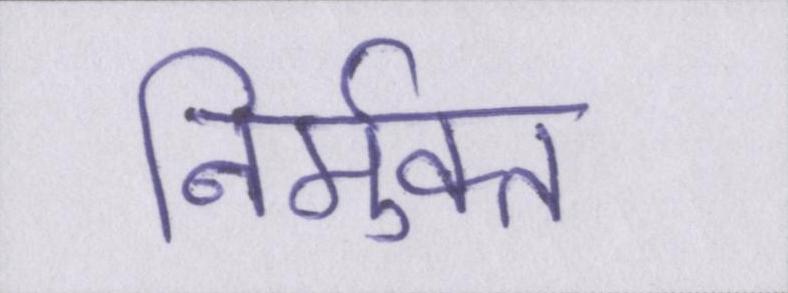
निर्मुक्त